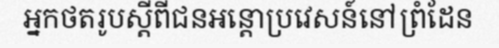
អ្នកថតរូបស្តីពីជនអន្តោប្រវេសន៍នៅព្រំដែន